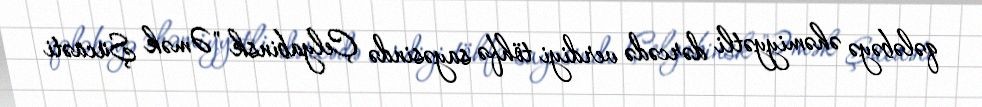
qələbəyə əhəmiyyətli dərcədə verdiyi töhfə sayəsində Çelyabinsk "Əmək Şücaəti